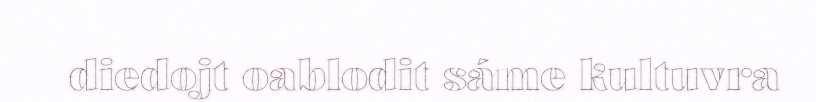
diedojt oablodit sáme kultuvra